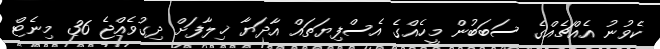
ކެވުނު އެއްޗެއްގެ ސަބަބުން މީހެއްގެ އެސްފިޔަތައް އާދަޔާ ޚިލާފަށް ދިގުވެއްޖެ 36 މިނެޓް